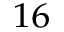
^ { 1 6 }